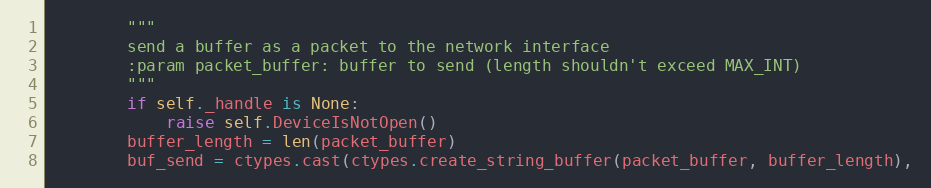
Language: Python
        """
        send a buffer as a packet to the network interface
        :param packet_buffer: buffer to send (length shouldn't exceed MAX_INT)
        """
        if self._handle is None:
            raise self.DeviceIsNotOpen()
        buffer_length = len(packet_buffer)
        buf_send = ctypes.cast(ctypes.create_string_buffer(packet_buffer, buffer_length),